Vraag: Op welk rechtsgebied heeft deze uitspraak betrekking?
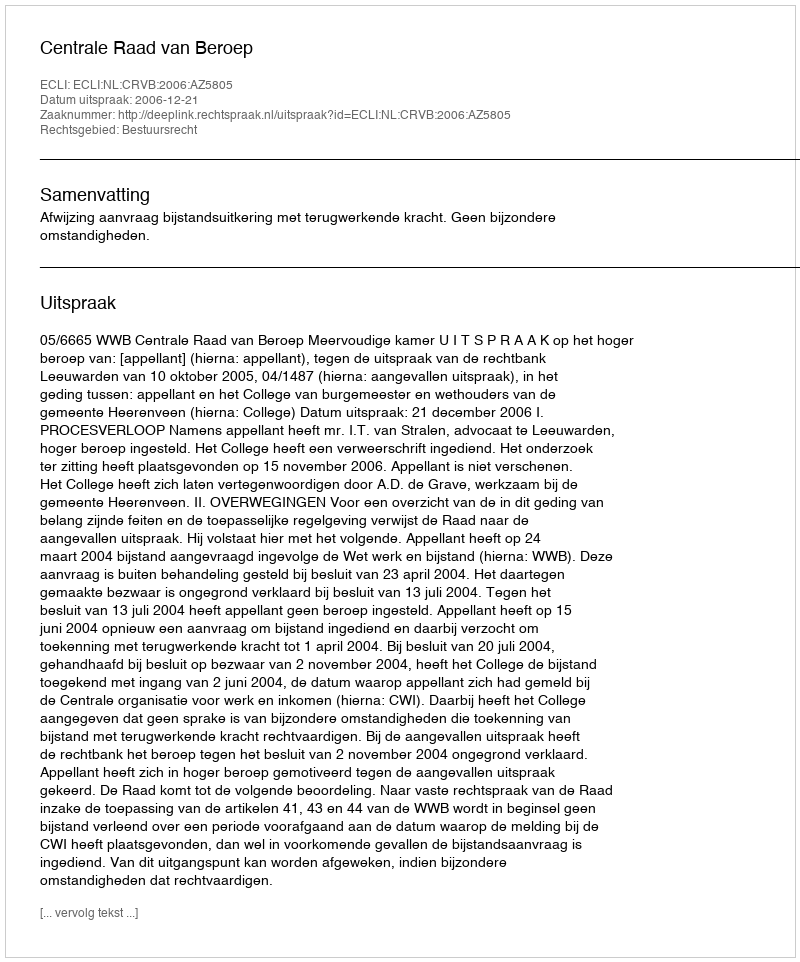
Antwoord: Bestuursrecht